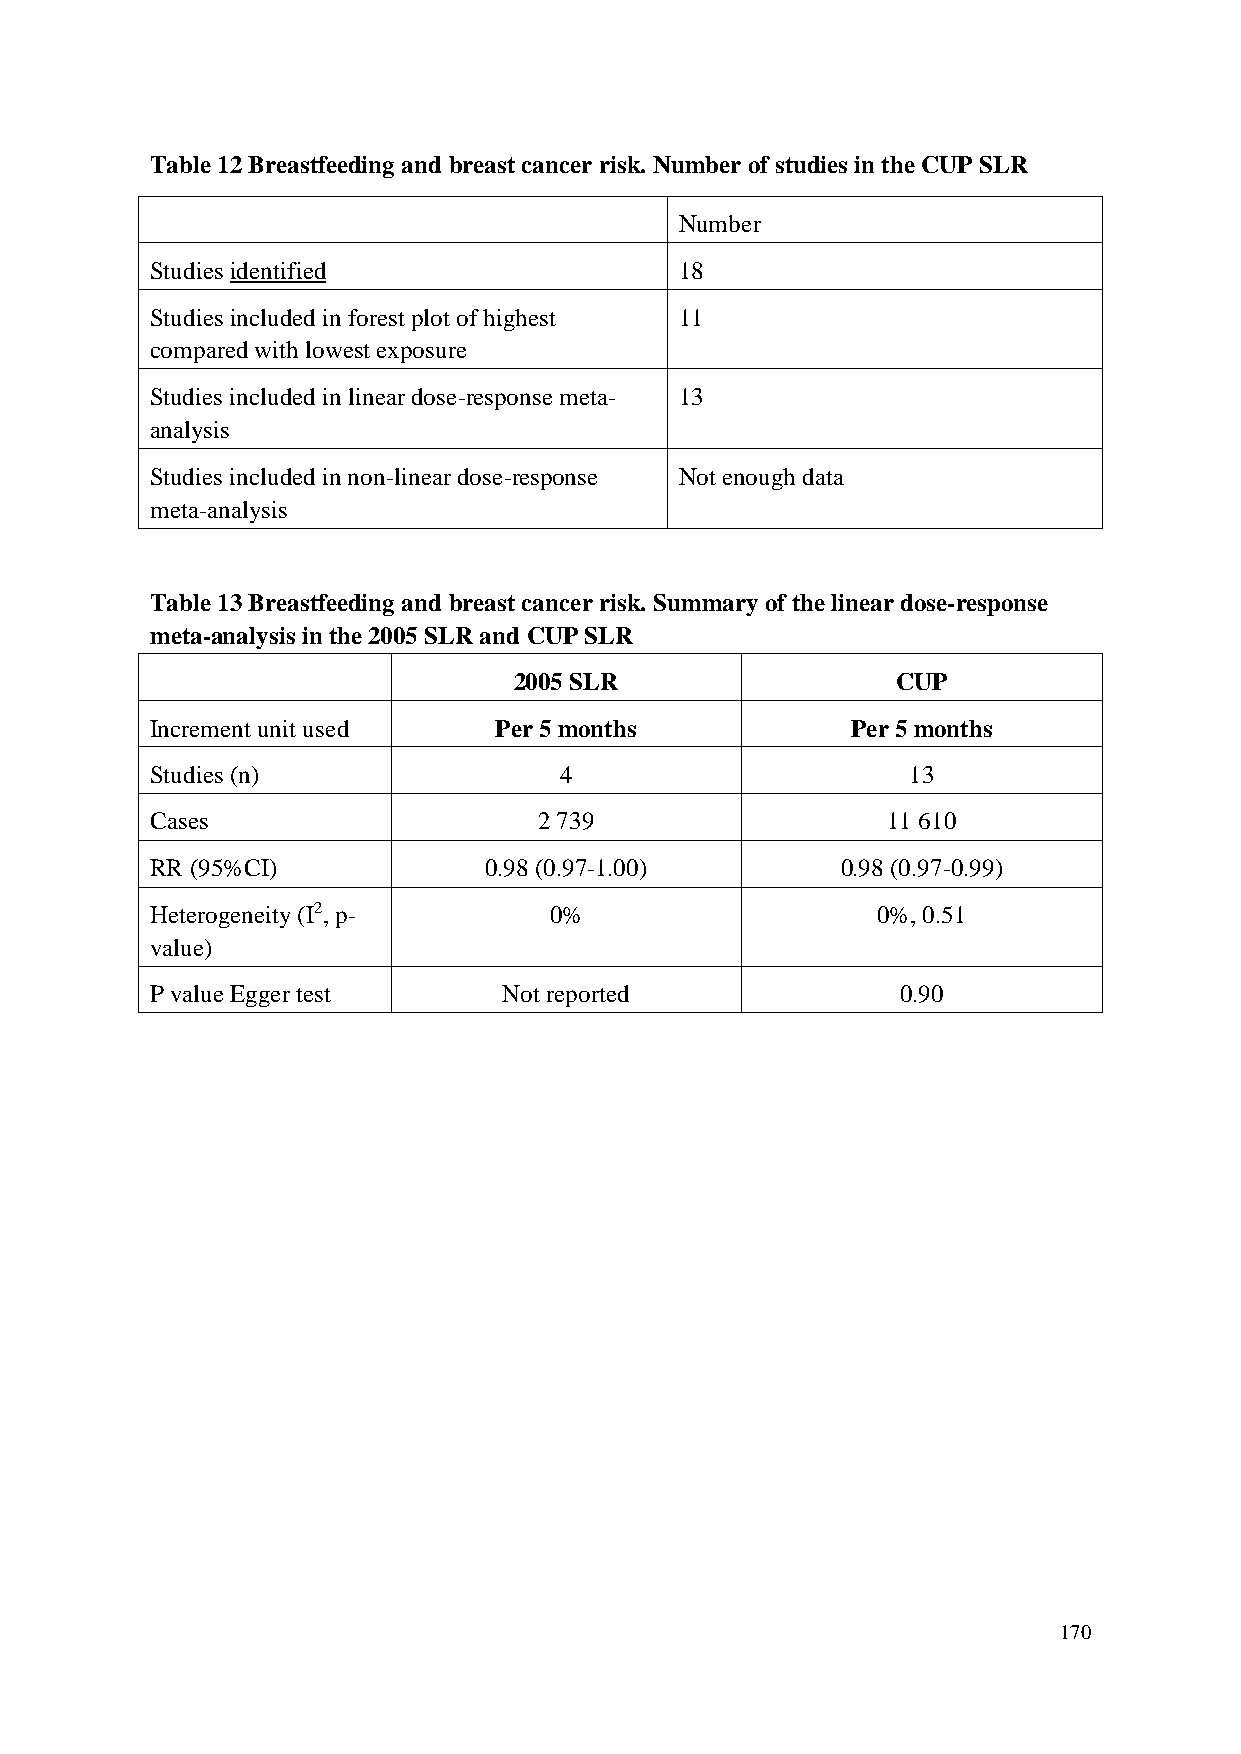
Table 12 Breastfeeding and breast cancer risk. Number of studies in the CUP SLR
 Number
 Studies identified                 18
 Studies included in forest plot of highest 11
 compared with lowest exposure
 Studies included in linear dose-response meta- 13
 analysis
 Studies included in non-linear dose-response Not enough data
 meta-analysis
 Table 13 Breastfeeding and breast cancer risk. Summary of the linear dose-response
 meta-analysis in the 2005 SLR and CUP SLR
 2005 SLR                 CUP
 Increment unit used    Per 5 months           Per 5 months
 Studies (n)                4                      13
 Cases                     2 739                  11 610
 RR (95%CI)            0.98 (0.97-1.00)        0.98 (0.97-0.99)
 Heterogeneity (I2, p-     0%                    0%, 0.51
 value)
 P value Egger test     Not reported               0.90
 170